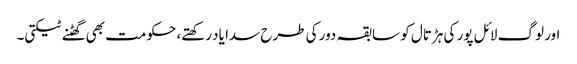
اور لوگ لائل پور کی ہڑتال کو سابقہ دور کی طرح سدا یاد رکھتے، حکومت بھی گھٹنے ٹیکتی۔